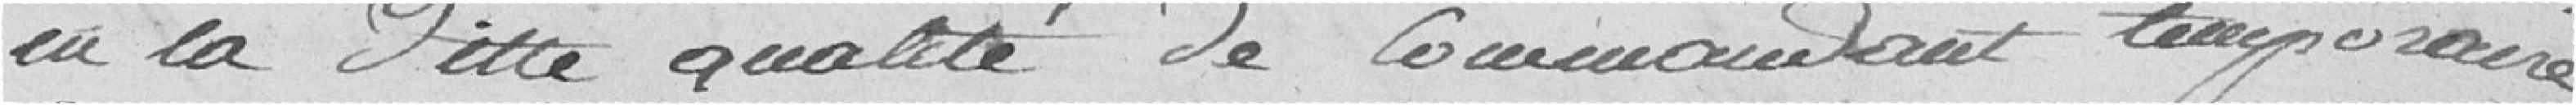
en la dite qualité de commandant temporaire